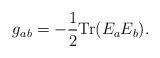
LaTeX: \begin{align*}g_{ab} = - {1\over 2}{\rm Tr}(E_a E_b).\end{align*}